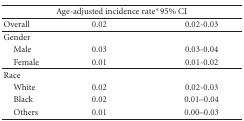
<table><thead><tr><td colspan="3"><b>Age-adjusted incidence rate*95% CI</b></td></tr><tr><td><b>Overall</b></td><td><b>0.02</b></td><td><b>0.02-0.03</b></td></tr></thead><tbody><tr><td>Gender</td><td></td><td></td></tr><tr><td> Male</td><td>0.03</td><td>0.03-0.04</td></tr><tr><td> Female</td><td>0.01</td><td>0.01-0.02</td></tr><tr><td>Race</td><td></td><td></td></tr><tr><td> White</td><td>0.02</td><td>0.02-0.03</td></tr><tr><td> Black</td><td>0.02</td><td>0.01–0.04</td></tr><tr><td> Others</td><td>0.01</td><td>0.00–0.03</td></tr></tbody></table>